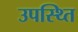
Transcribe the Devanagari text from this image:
उपस्थ्ति